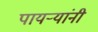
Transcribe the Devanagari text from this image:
पायर्‍यांनी